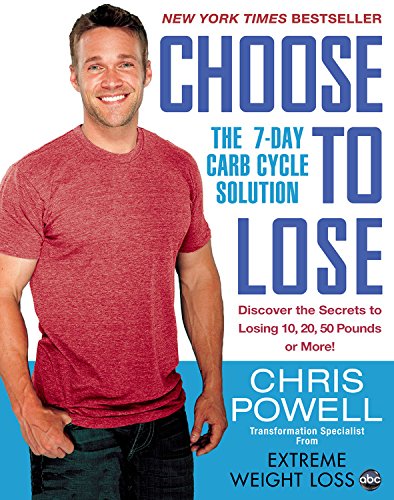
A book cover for Choose to Lose: The 7-Day Carb Cycle Solution; Chris Powell; Health, Fitness & Dieting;